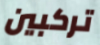
تركبين